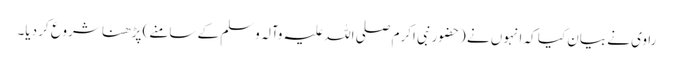
راوی نے بیان کیا کہ انہوں نے (حضورنبی اکرم صلی اللہ علیہ وآلہ وسلم کے سامنے) پڑھنا شروع کر دیا۔